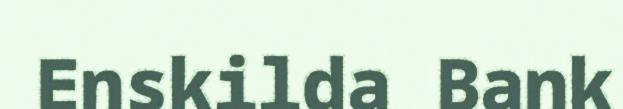
Enskilda Bank